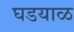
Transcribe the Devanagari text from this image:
घडयाळ